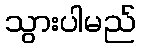
သွားပါမည်